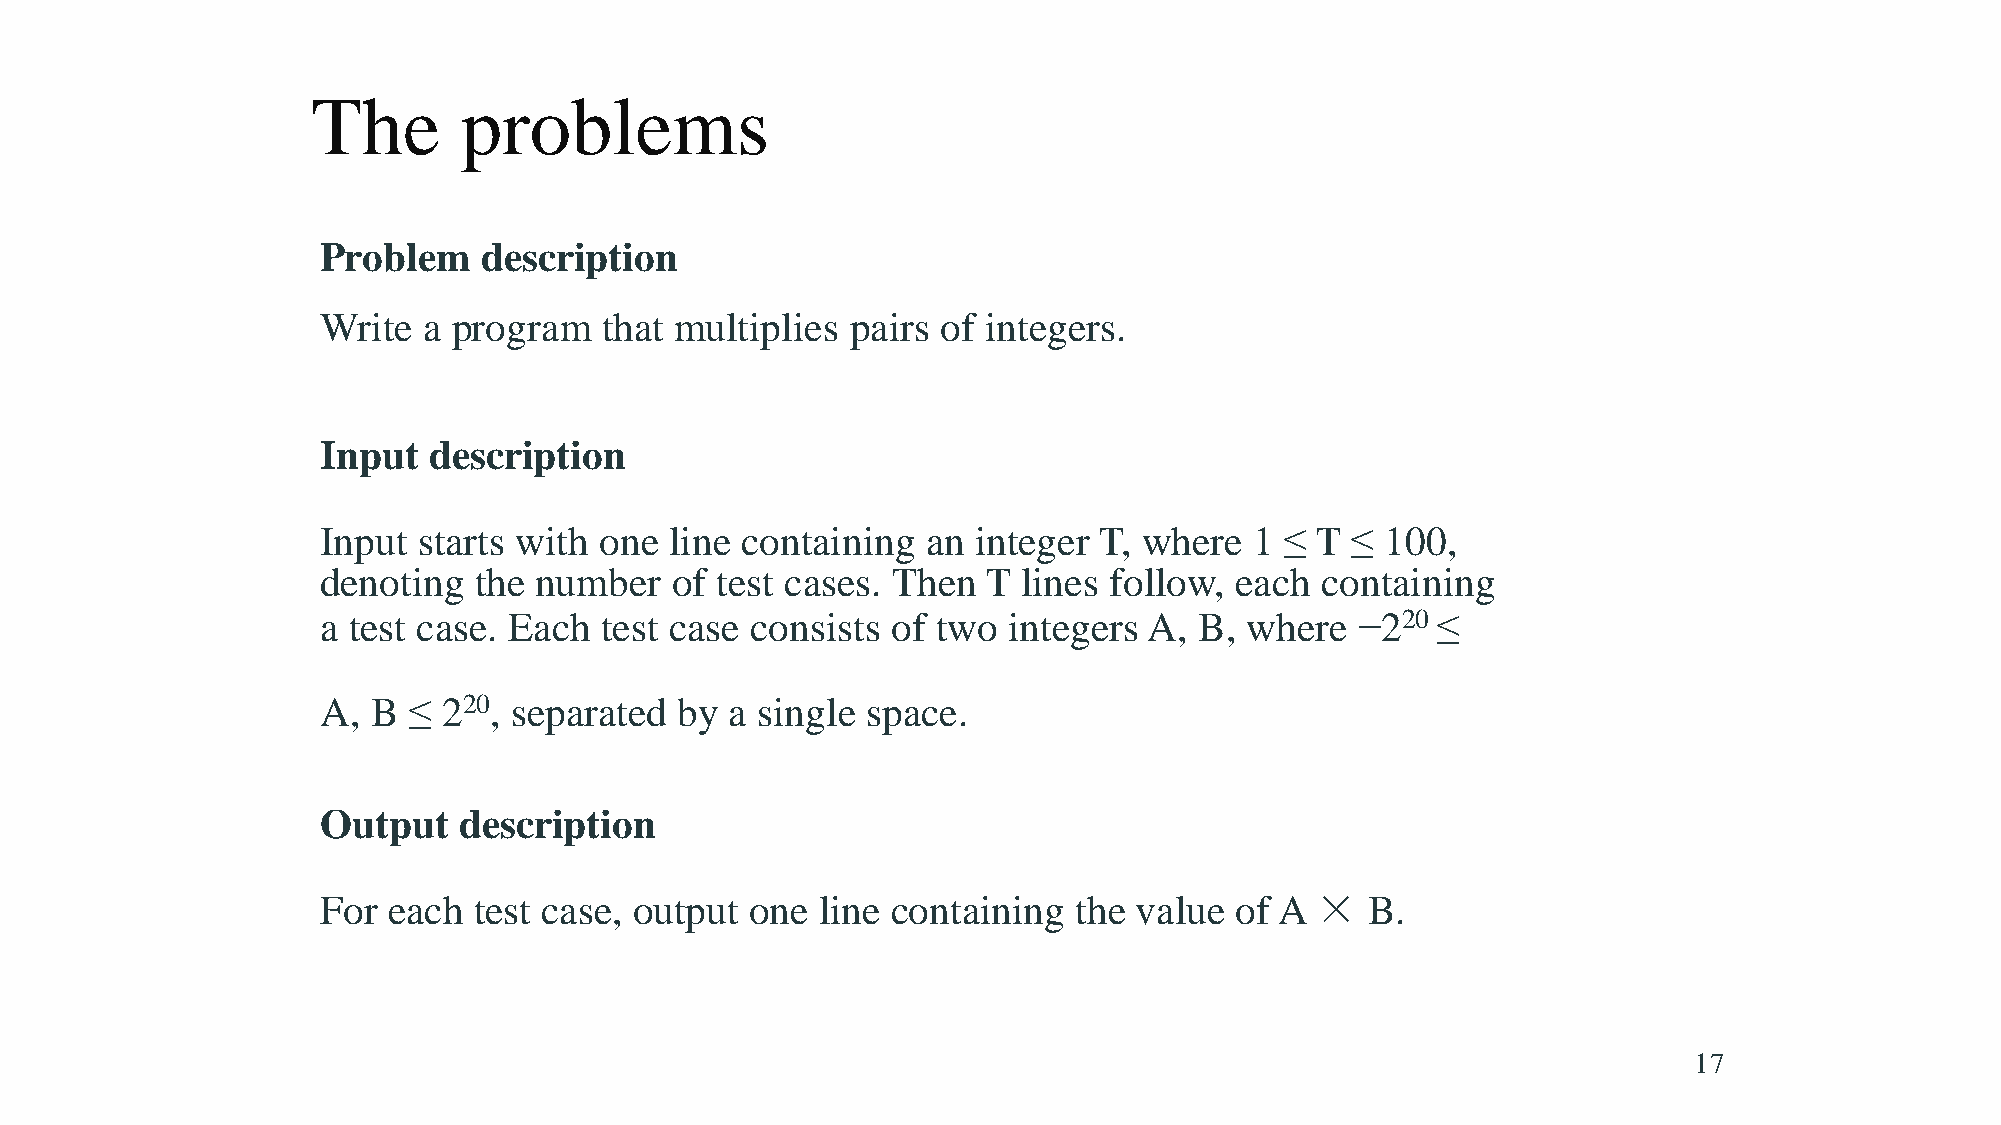
The      problems
 Problem    description
 Write  a program   that multiplies pairs of integers.
 Input  description
 Input  starts with one line containing  an integer  T, where  1 ≤ T ≤  100,
 denoting  the number   of test cases. Then  T  lines follow, each containing
 a test case. Each  test case consists of two  integers A, B, where   −220 ≤
 A,  B ≤ 220, separated  by a single space.
 Output   description
 For  each test case, output  one line containing  the value  of A ×  B.
 17